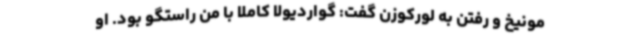
مونیخ و رفتن به لورکوزن گفت: گواردیولا کاملا با من راستگو بود. او